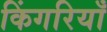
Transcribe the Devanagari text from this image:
किंगरियाँ